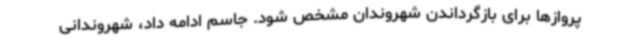
پروازها برای بازگرداندن شهروندان مشخص شود. جاسم ادامه داد، شهروندانی